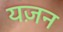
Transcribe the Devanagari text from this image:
यज़न